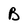
Character: B